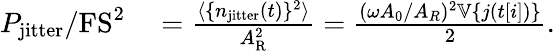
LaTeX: \begin{array}{rl}{P_{\mathrm{jitter}}/\mathrm{FS}^{2}}&{{}=\frac{\langle\{ n_{\mathrm{jitter}}(t)\} ^{2}\rangle}{A_{\mathrm{R}}^{2}}=\frac{(\omega A_{0}/A_{R})^{2}\mathbb{V}\{ j(t[i])\} }{2}.}\end{array}